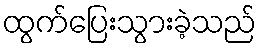
ထွက်ပြေးသွားခဲ့သည်